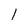
Character: I